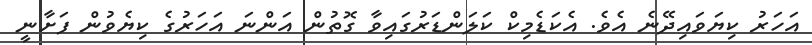
އަހަރު ކިޔަވައިދޭނެ އެވެ. އެކަޑެމިކް ކަލަންޑަރުގައިވާ ގޮތުން އަންނަ އަހަރުގެ ކިޔެވުން ފަށާނީ